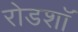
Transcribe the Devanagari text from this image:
रोडशाॅ